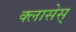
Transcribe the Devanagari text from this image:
क्लासेस्